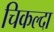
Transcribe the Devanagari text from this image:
चिकल्दा